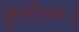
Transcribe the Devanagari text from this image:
सुलोचनः।